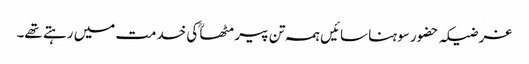
غرضیکہ حضور سوہنا سائیں ہمہ تن پیر مٹھاؒ کی خدمت میں رہتے تھے۔